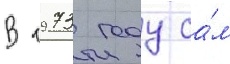
В 1973 году са́м